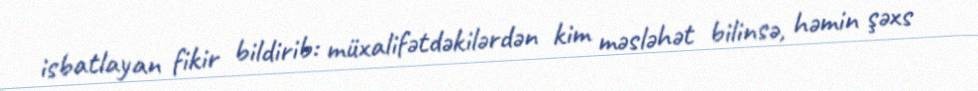
isbatlayan fikir bildirib: müxalifətdəkilərdən kim məsləhət bilinsə, həmin şəxs